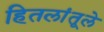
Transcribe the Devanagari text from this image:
हितलांतूले